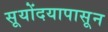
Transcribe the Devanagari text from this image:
सूयोंदयापासून